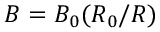
B = B _ { 0 } ( R _ { 0 } / R )